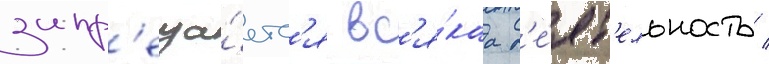
запр'еща́етс'я вс'я́каа д'е́ят'ельность /